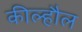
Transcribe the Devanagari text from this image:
कील्हौल